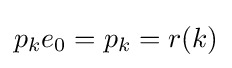
p_{k}e_{0}=p_{k}=r(k)